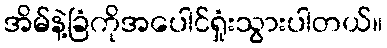
အိမ်နဲ့ခြံကိုအပေါင်ရှုံးသွားပါတယ်။